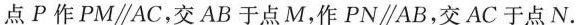
点P作PM\parallel AC，交AB于点M，作PN\parallel AB，交AC于点N.